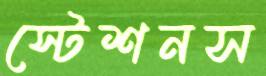
স্টেশনস